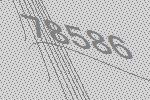
78586